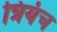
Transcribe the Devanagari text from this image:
त्रियंच